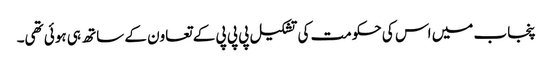
پنجاب میں اس کی حکومت کی تشکیل پی پی پی کے تعاون کے ساتھ ہی ہوئی تھی۔